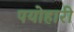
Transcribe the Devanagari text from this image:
पयोहारी